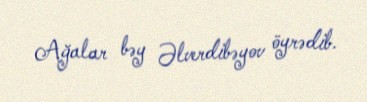
Ağalar bəy Əlverdibəyov öyrədib.